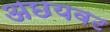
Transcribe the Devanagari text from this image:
अछयवट